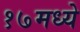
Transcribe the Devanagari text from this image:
१७मध्ये